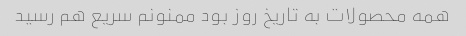
همه محصولات به تاریخ روز بود ممنونم سریع هم رسید